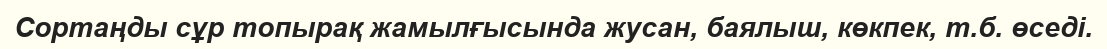
Сортаңды сұр топырақ жамылғысында жусан, баялыш, көкпек, т.б. өседі.